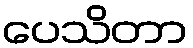
ပေသိတာ